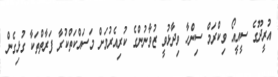
އުރީދޫގެ ސީއީއޯ ވިކްރަމް ސިންހާ ވިދާޅުވީ ޒުވާނުންގެ ކުރިއެރުމަށް މަސައްކަތްކުރާ ފަރާތްތަކާ ގުޅިގެން